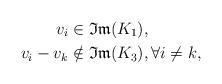
LaTeX: \begin{align*}v_i&\in \mathfrak{Im}(K_1),\\v_i-v_k&\notin \mathfrak{Im}(K_3),\forall i\neq k,\end{align*}